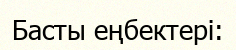
Басты еңбектері: